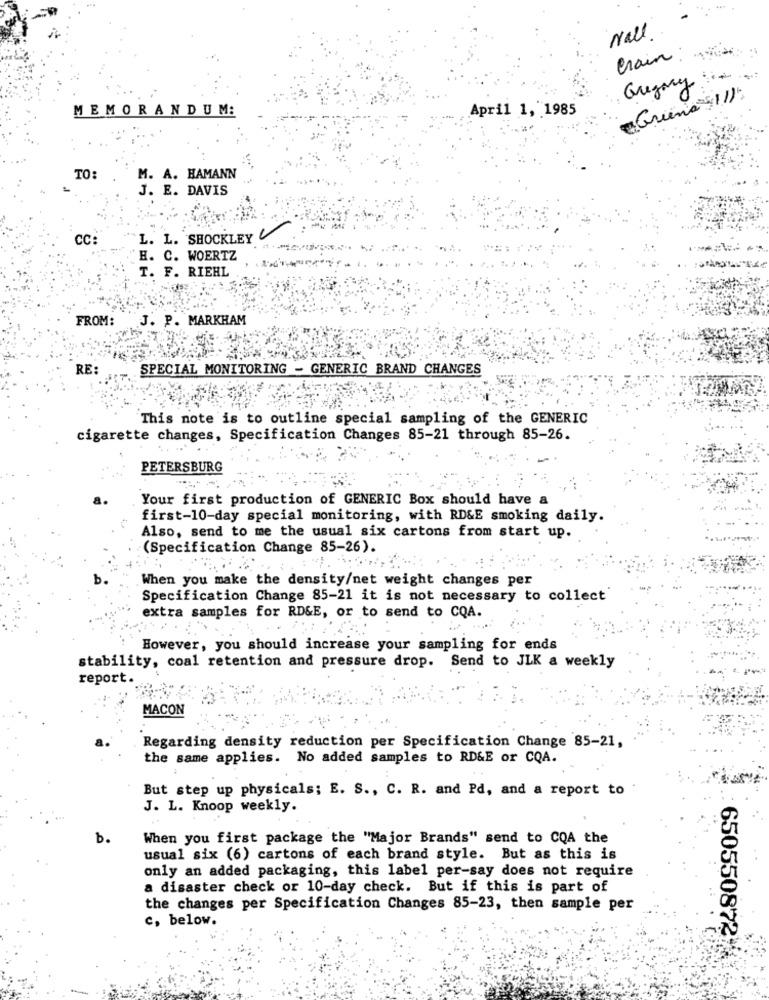
wall
Crain :
Gregory
Gruene 11)
MEMORANDUM:
April 1, 1985
TO:
M. A. HAMANN
J. E. DAVIS
CC
L. L. SHOCKLEY
H. C. WOERTZ
T. F. RIEHL
FROM:
J. P. MARKHAM
RE:
SPECIAL MONITORING - GENERIC BRAND CHANGES
This note is to outline special sampling of the GENERIC
cigarette changes, Specification Changes 85-21 through 85-26.
PETERSBURG
Your first production of GENERIC Box should have a
first-10-day special monitoring, with RD&E smoking daily.
Also, send to me the usual six cartons from start up.
(Specification Change 85-26).
When you make the density/net weight changes per
Specification Change 85-21 it is not necessary to collect
extra samples for RD&E, or to send to CQA.
However, you should increase your sampling for ends
stability, coal retention and pressure drop. Send to JLK a weekly
report.
MACON
Regarding density reduction per Specification Change 85-21,
the same applies. No added samples to RD&E or CQA.
But step up physicals; E. S ., C. R. and Pd, and a report to
J. L. Knoop weekly.
b.
When you first package the "Major Brands" send to CQA the
usual six (6) cartons of each brand style. But as this is
only an added packaging, this label per-say does not require
a disaster check or 10-day check. But if this is part of
the changes per Specification Changes 85-23, then sample per
c, below.
650550872